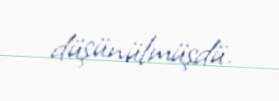
düşünülmüşdü.